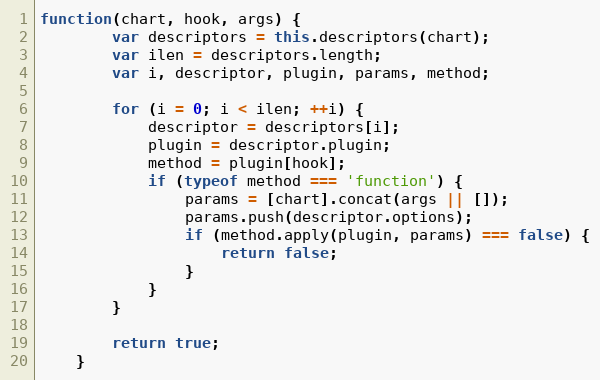
Language: JavaScript
function(chart, hook, args) {
		var descriptors = this.descriptors(chart);
		var ilen = descriptors.length;
		var i, descriptor, plugin, params, method;

		for (i = 0; i < ilen; ++i) {
			descriptor = descriptors[i];
			plugin = descriptor.plugin;
			method = plugin[hook];
			if (typeof method === 'function') {
				params = [chart].concat(args || []);
				params.push(descriptor.options);
				if (method.apply(plugin, params) === false) {
					return false;
				}
			}
		}

		return true;
	}